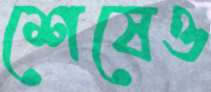
শেষেও